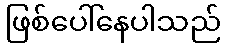
ဖြစ်ပေါ်နေပါသည်